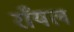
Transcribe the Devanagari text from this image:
राँयल